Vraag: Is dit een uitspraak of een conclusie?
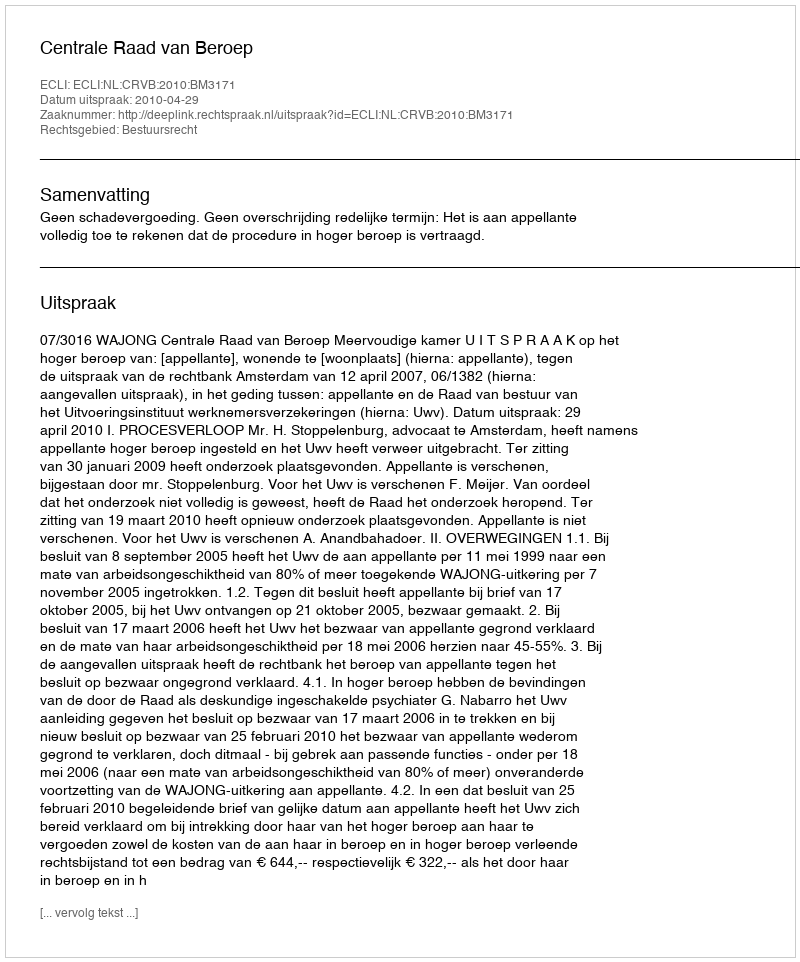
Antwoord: Uitspraak